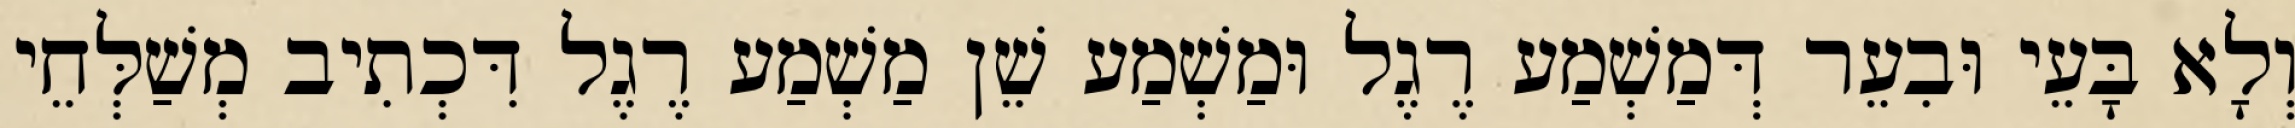
וְלָא בָּעֵי וּבִעֵר דְּמַשְׁמַע רֶגֶל וּמַשְׁמַע שֵׁן מַשְׁמַע רֶגֶל דִּכְתִיב מְשַׁלְּחֵי